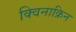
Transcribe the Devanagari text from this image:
क्विनाक्रिन